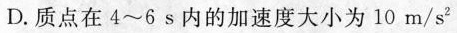
D.质点在4~6s内的加速度大小为10m/s^{2}